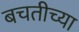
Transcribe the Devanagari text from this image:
बचतीच्या